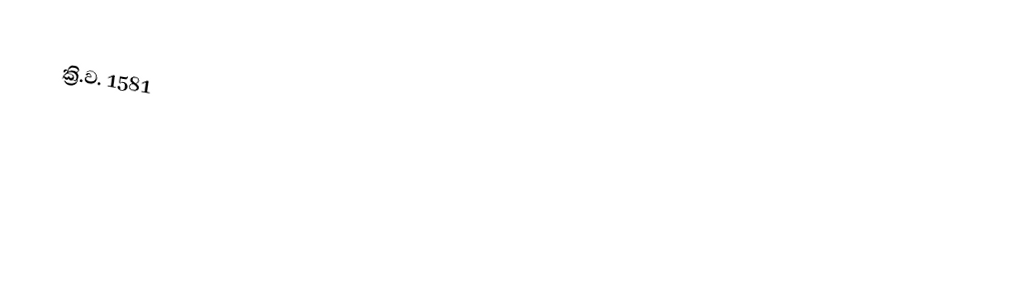
ක්‍රි.ව. 1581